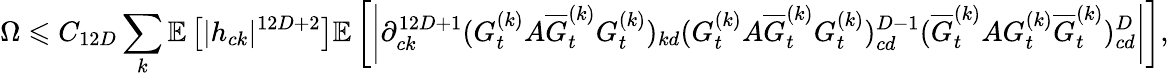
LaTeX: \Omega\leqslant C_{12D}\sum_{k}\mathbb E\left[|h_{ck}|^{12D+2}\right]\mathbb E\left[\left|\partial_{ck}^{12D+1}(G_{t}^{(k)}A\overline{G}_{t}^{(k)}G_{t}^{(k)})_{kd}(G_{t}^{(k)}A\overline{G}_{t}^{(k)}G_{t}^{(k)})_{cd}^{D-1}(\overline{G}_{t}^{(k)}AG_{t}^{(k)}\overline{G}_{t}^{(k)})_{cd}^{D}\right|\right],